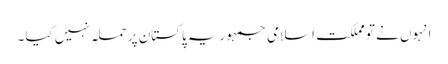
انہوں نے تو مملکت اسلامی جمہوریہ پاکستان پر حملہ نہیں کیا۔